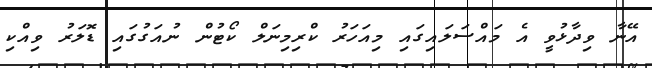
އޭނާ ވިދާޅުވީ އެ މައްސަލައިގައި މިއަހަރު ކްރިމިނަލް ކޯޓުން ނުއަގުގައި ޑޮލަރު ވިއްކި